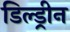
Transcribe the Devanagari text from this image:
डिल्ड्रीन